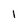
Character: 1